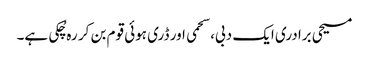
مسیحی برادری ایک دبی، سحمی اور ڈری ہوئی قوم بن کر رہ چُکی ہے۔